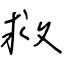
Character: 救